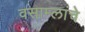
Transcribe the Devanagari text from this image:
वसाम्लांचे